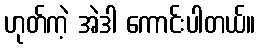
ဟုတ်ကဲ့ အဲဒါ ကောင်းပါတယ်။